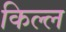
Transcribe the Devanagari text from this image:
किल्ल